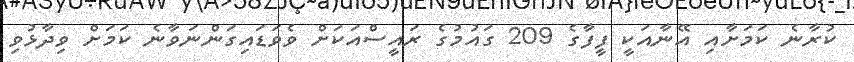
ކުރާނެ ކަމަށާއި އޭނާއަކީ ފީފާގެ 209 ގައުމުގެ ރައީސްއަކަށް ވެވަޑައިގަންނަވާނެ ކަމަށް ވިދާޅުވި